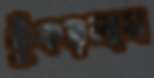
কুঁকড়লাম